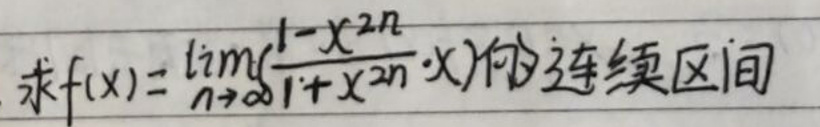
求\(f(x)=\lim_{n\rightarrow\infty}(\frac{1 - x^{2n}}{1 + x^{2n}}\cdot x)\)的连续区间。